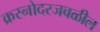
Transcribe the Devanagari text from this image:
क्रस्नोदरजवळील